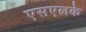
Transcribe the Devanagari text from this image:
एसएलके